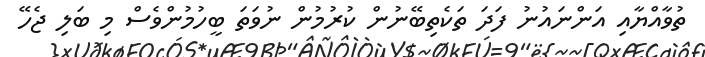
ތުވާއްޔާއި އަންނައުނު ފަދަ ތަކެތިބޭނުން ކުރުމުން ނުވަތަ ބީހުމުންވެސް މި ބަލި ޖެހޭ